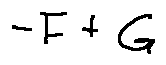
- F + G